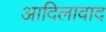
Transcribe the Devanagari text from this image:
आदिलावाद